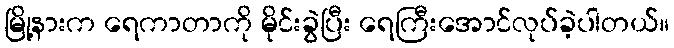
မြို့နားက ရေကာတာကို မိုင်းခွဲပြီး ရေကြီးအောင်လုပ်ခဲ့ပါတယ်။